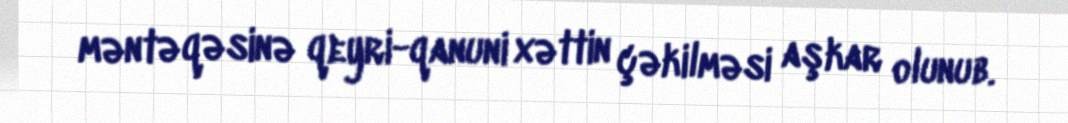
məntəqəsinə qeyri-qanuni xəttin çəkilməsi aşkar olunub.